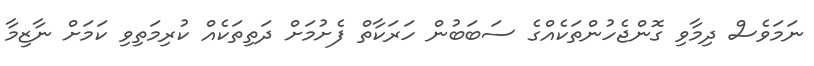
ނަމަވެސް ދިމާވި ގޮންޖެހުންތަކެއްގެ ސަބަބުން ހަރަކާތް ފެށުމަށް ދަތިތަކެއް ކުރިމަތިވި ކަމަށް ނާޒިމާ